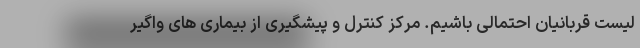
لیست قربانیان احتمالی باشیم. مرکز کنترل و پیشگیری از بیماری های واگیر